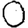
Digit: 0